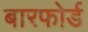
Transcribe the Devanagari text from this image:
बारफोर्ड